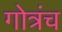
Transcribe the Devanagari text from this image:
गोत्रंच